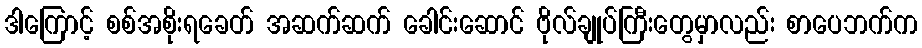
ဒါကြောင့် စစ်အစိုးရခေတ် အဆက်ဆက် ခေါင်းဆောင် ဗိုလ်ချုပ်ကြီးတွေမှာလည်း စာပေဘက်က